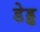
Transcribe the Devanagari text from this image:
डेड्ड